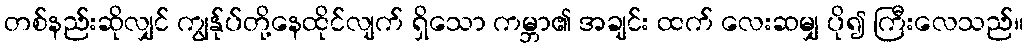
တစ်နည်းဆိုလျှင် ကျွန်ုပ်တို့နေထိုင်လျက် ရှိသော ကမ္ဘာ၏ အချင်း ထက် လေးဆမျှ ပို၍ ကြီးလေသည်။